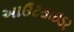
આઉટસાઇડર